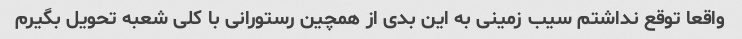
واقعا توقع نداشتم سیب زمینى به این بدى از همچین رستورانى با کلى شعبه تحویل بگیرم